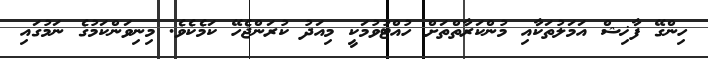
ހިންގޭ ފާޚިޝް އަމަލުތަކާއި މުންކަރާތްތަށް ހުއްޓުވުމަކީ މިއަދު ކުރަންޖެހޭ ކަމެކެވެ. މިނިވަންކަމުގެ ނަމުގައި